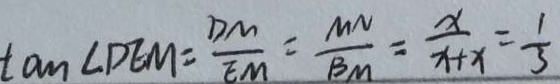
\tan \angle D E M = \frac { D M } { E M } = \frac { M N } { B M } = \frac { x } { x + x } = \frac { 1 } { 3 }